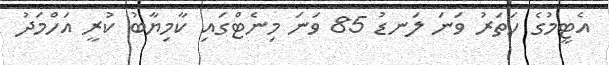
އެޓީމުގެ ހަތަރު ވަނަ ލަނޑު 85 ވަނަ މިނެޓްގައި ކާމިޔާބު ކުރީ އަހްމަދު